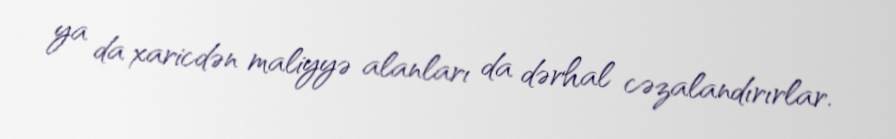
ya da xaricdən maliyyə alanları da dərhal cəzalandırırlar.